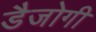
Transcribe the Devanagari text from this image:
डैजोगी